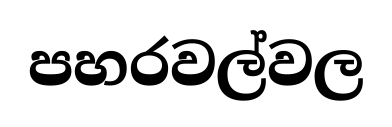
පහරවල්වල